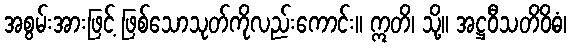
အစွမ်းအားဖြင့် ဖြစ်သောသုတ်ကိုလည်းကောင်း။ ဣတိ၊ သို့။ အဋ္ဌဝီသတိဝိဓံ၊